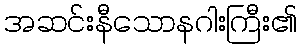
အဆင်းနီသောနဂါးကြီး၏